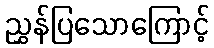
ညွှန်ပြသောကြောင့်